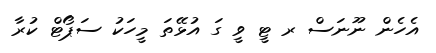
އެހެން ނޫނަސް ރ ޓީ ވީ ގަ އުޅޭތަ މީހަކު ސަޕޯޓް ކުރާ